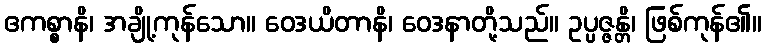
ဧကစ္စာနိ၊ အချို့ကုန်သော။ ဝေဒယိတာနိ၊ ဝေဒနာတို့သည်။ ဥပ္ပဇ္ဇန္တိ၊ ဖြစ်ကုန်၏။